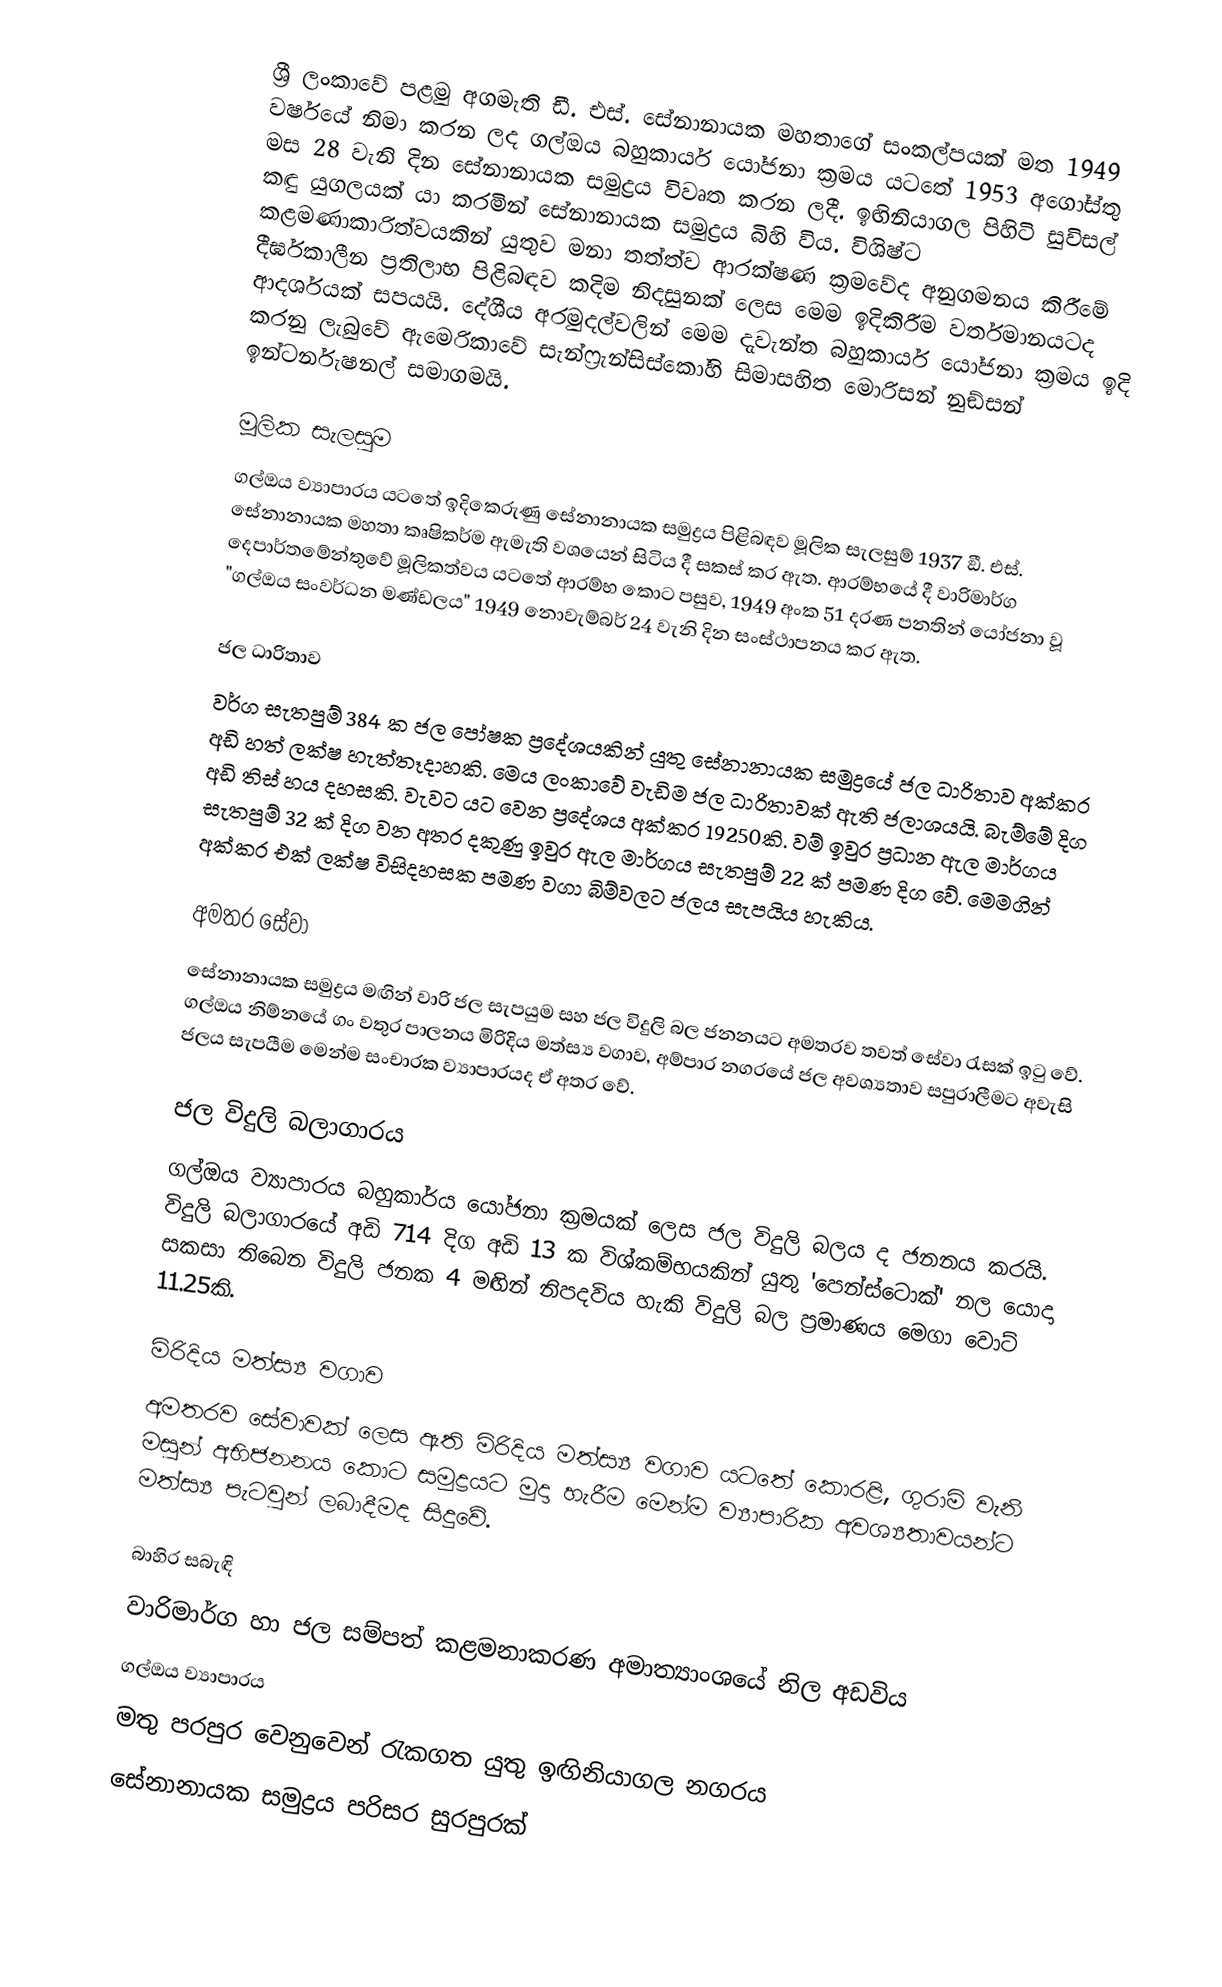
ශ්‍රී ලංකාවේ පළමු අගමැති ඩී. එස්. සේනානායක මහතාගේ සංකල්පයක් මත 1949 වර්ෂයේ නිමා කරන ලද ගල්ඔය බහුකාර්ය යෝජනා ක්‍රමය යටතේ 1953 අගෝස්තු මස 28 වැනි දින සේනානායක සමුද්‍රය විවෘත කරන ලදී. ඉඟිනියාගල පිහිටි සුවිසල් කඳු යුගලයක් යා කරමින් සේනානායක සමුද්‍රය බිහි විය. විශිෂ්ට කළමණාකාරිත්වයකින් යුතුව මනා තත්ත්ව ආරක්ෂණ ක්‍රමවේද අනුගමනය කිරීමේ දීර්ඝකාලීන ප්‍රතිලාභ පිළිබඳව කදිම නිදසුනක් ලෙස මෙම ඉදිකිරීම වර්තමානයටද ආදර්ශයක් සපයයි. දේශීය අරමුදල්වලින් මෙම දැවැන්ත බහුකාර්ය යෝජනා ක්‍රමය ඉදි කරනු ලැබුවේ ඇමෙරිකාවේ සැන්ෆ‍්‍රැන්සිස්කෝහි සිමාසහිත මොරිසන් නුඞ්සන් ඉන්ටර්නැෂනල් සමාගමයි.

මූලික සැලසුම
ගල්ඔය ව්‍යාපාරය යටතේ ඉදිකෙරුණු සේනානායක සමුද්‍රය පිළිබඳව මූලික සැලසුම් 1937 ඞී. එස්. සේනානායක මහතා කෘෂිකර්ම ඇමැති වශයෙන් සිටිය දී සකස් කර ඇත. ආරම්භයේ දී වාරිමාර්ග දෙපාර්තමේන්තුවේ මූලිකත්වය යටතේ ආරම්භ කොට පසුව, 1949 අංක 51 දරණ පනතින් යෝජනා වූ "ගල්ඔය සංවර්ධන මණ්ඩලය" 1949 නොවැම්බර් 24 වැනි දින සංස්ථාපනය කර ඇත.

ජල ධාරිතාව
වර්ග සැතපුම් 384 ක ජල පෝෂක ප්‍රදේශයකින් යුතු සේනානායක සමුද්‍රයේ ජල ධාරිතාව අක්කර අඩි හත් ලක්ෂ හැත්තෑදාහකි. මෙය ලංකාවේ වැඩිම ජල ධාරිතාවක් ඇති ජලාශයයි. බැම්මේ දිග අඩි තිස් හය දහසකි. වැවට යට වෙන ප්‍රදේශය අක්කර 19250කි. වම් ඉවුර ප්‍රධාන ඇල මාර්ගය සැතපුම් 32 ක් දිග වන අතර දකුණු ඉවුර ඇල මාර්ගය සැතපුම් 22 ක් පමණ දිග වේ. මෙමගින් අක්කර එක් ලක්ෂ විසිදහසක පමණ වගා බිම්වලට ජලය සැපයිය හැකිය.

අමතර සේවා
සේනානායක සමුද්‍රය මඟින් වාරි ජල සැපයුම සහ ජල විදුලි බල ජනනයට අමතරව තවත් සේවා රැසක් ඉටු වේ. ගල්ඔය නිම්නයේ ගං වතුර පාලනය මිරිදිය මත්ස්‍ය වගාව, අම්පාර නගරයේ ජල අවශ්‍යතාව සපුරාලීමට අවැසි ජලය සැපයීම මෙන්ම සංචාරක ව්‍යාපාරයද ඒ අතර වේ.

ජල විදුලි බලාගාරය
ගල්ඔය ව්‍යාපාරය බහුකාර්ය යෝජනා ක්‍රමයක් ලෙස ජල විදුලි බලය ද ජනනය කරයි. විදුලි බලාගාරයේ අඩි 714 දිග අඩි 13 ක විශ්කම්භයකින් යුතු 'පෙන්ස්ටොක්' නල යොදා සකසා තිබෙන විදුලි ජනක 4 මඟින් නිපදවිය හැකි විදුලි බල ප්‍රමාණය මෙගා වොට් 11.25කි.

මිරිදිය මත්ස්‍ය වගාව
අමතරව සේවාවක් ලෙස ඇති මිරිදිය මත්ස්‍ය වගාව යටතේ කොරළි, ගුරාමි වැනි මසුන් අභිජනනය කොට සමුද්‍රයට මුදා හැරීම මෙන්ම ව්‍යාපාරික අවශ්‍යතාවයන්ට මත්ස්‍ය පැටවුන් ලබාදීමද සිදුවේ.

බාහිර සබැඳි
 වාරිමාර්ග හා ජල සම්පත් කළමනාකරණ අමාත්‍යාංශයේ නිල අඩවිය
 ගල්ඔය ව්‍යාපාරය
 මතු පරපුර වෙනුවෙන් රැකගත යුතු ඉඟිනියාගල නගරය
 සේනානායක සමුද්‍රය පරිසර සුරපුරක්